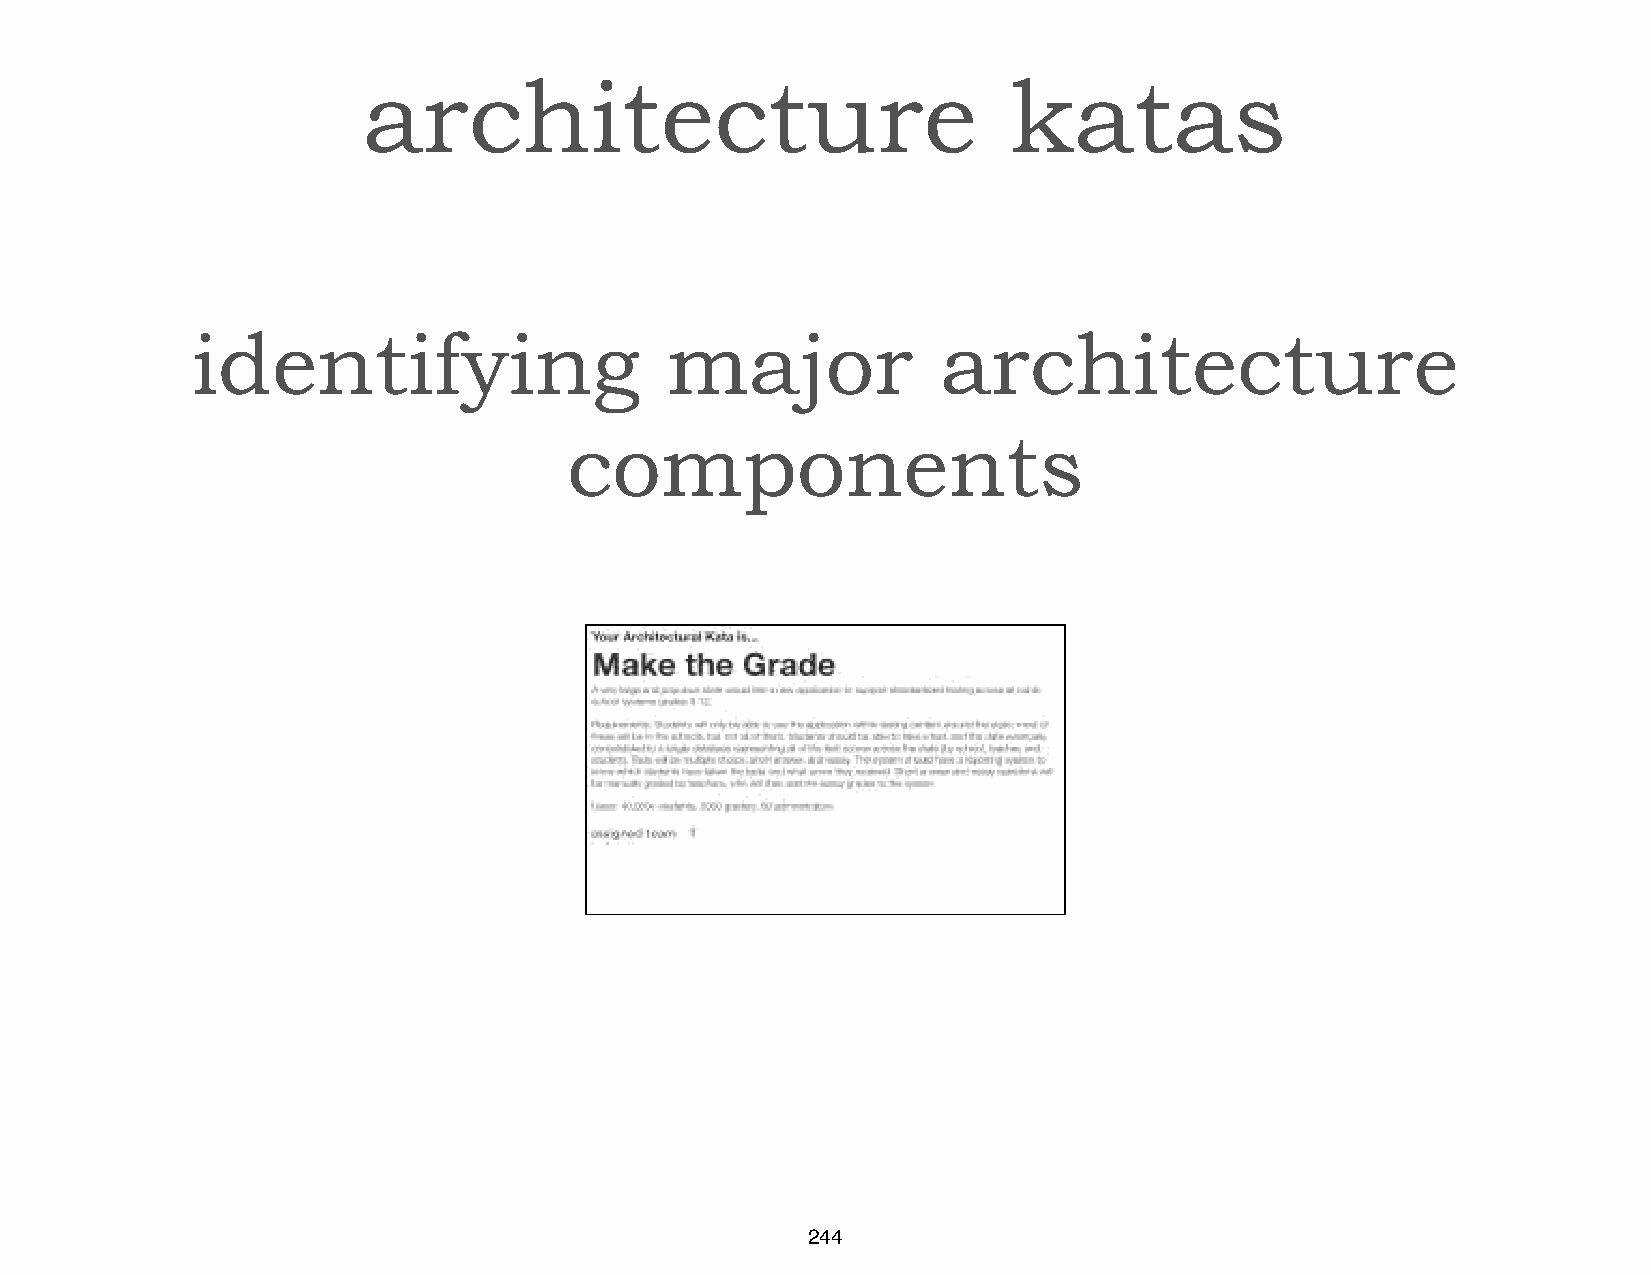
architecture                               katas
 identifying                    major             architecture
 components
 244